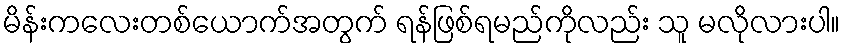
မိန်းကလေးတစ်ယောက်အတွက် ရန်ဖြစ်ရမည်ကိုလည်း သူ မလိုလားပါ။